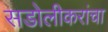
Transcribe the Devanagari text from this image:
सडोलीकरांचा